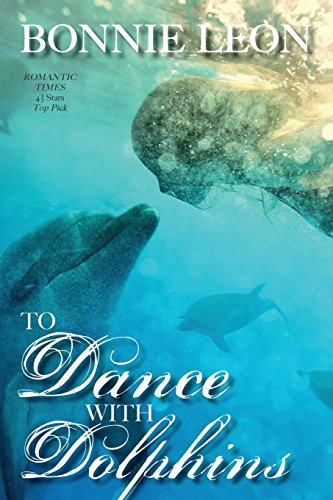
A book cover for To Dance with Dolphins; Bonnie Leon; Romance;